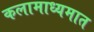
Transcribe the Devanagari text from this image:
कलामाध्यमात